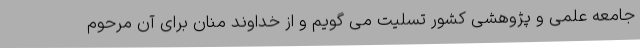
جامعه علمی و پژوهشی کشور تسلیت می گویم و از خداوند منان برای آن مرحوم